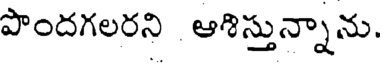
పొందగలరని ఆశిస్తున్నాను.